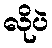
လိုပဲ